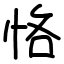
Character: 恪